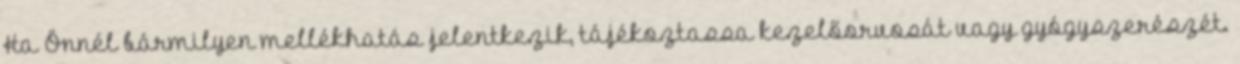
Ha Önnél bármilyen mellékhatás jelentkezik, tájékoztassa kezelőorvosát vagy gyógyszerészét.